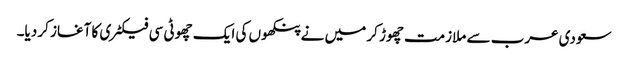
سعودی عرب سے ملازمت چھوڑ کر میں نے پنکھوں کی ایک چھوٹی سی فیکٹری کا آغاز کر دیا۔